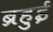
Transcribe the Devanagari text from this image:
ब्रहुई